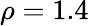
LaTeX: \rho=1.4